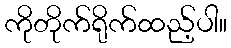
ကိုတိုက်ရိုက်ထည့်ပါ။